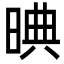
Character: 晪